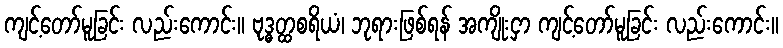
ကျင့်တော်မူခြင်း လည်းကောင်း။ ဗုဒ္ဓတ္ထစရိယံ၊ ဘုရားဖြစ်ရန် အကျိုးငှာ ကျင့်တော်မူခြင်း လည်းကောင်း။